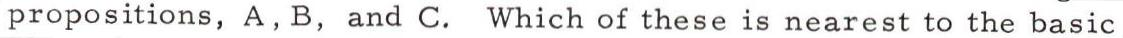
propositions, A, B, and C. Which of these is nearest to the basic